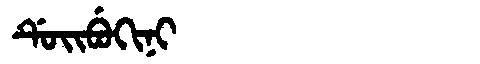
Manchu: ᡩᡠᡳᠪᡠᡴᡳᠨᡳ
Romanization: DUIBUKINI